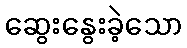
ဆွေးနွေးခဲ့သော